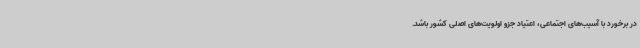
در برخورد با آسیب‌های اجتماعی، اعتیاد جزو اولویت‌های اصلی کشور باشد.